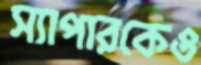
স্যাপারকেও